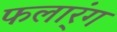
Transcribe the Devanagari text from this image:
फलार्ंग